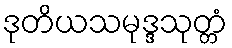
ဒုတိယသမုဒ္ဒသုတ္တံ